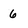
Character: 6